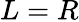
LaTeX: L=R